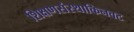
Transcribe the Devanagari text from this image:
शिक्षणसंस्थाकिनवट